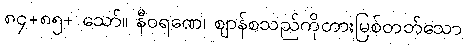
၈၄+၈၅+ သော်။ နီဝရဏေ၊ ဈာန်စသည်ကိုတားမြစ်တတ်သော